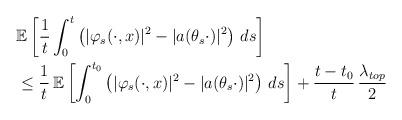
LaTeX: \begin{align*}&\mathbb{E} \left[ \frac{1}{t} \int_0^t \left( | \varphi_s(\cdot,x) |^2 - | a(\theta_s \cdot) |^2 \right) \, ds \right] \\& \leq \frac{1}{t} \, \mathbb{E} \left[ \int_0^{t_0} \left( | \varphi_s(\cdot,x) |^2 - | a(\theta_s \cdot) |^2 \right) \, ds \right]+ \frac{t-t_0}{t} \, \frac{\lambda_{top}}{2}\end{align*}